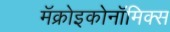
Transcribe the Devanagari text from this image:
मॅक्रोइकोनॉमिक्स